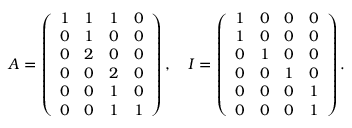
A = \left( \begin{array} { l l l l } { 1 } & { 1 } & { 1 } & { 0 } \\ { 0 } & { 1 } & { 0 } & { 0 } \\ { 0 } & { 2 } & { 0 } & { 0 } \\ { 0 } & { 0 } & { 2 } & { 0 } \\ { 0 } & { 0 } & { 1 } & { 0 } \\ { 0 } & { 0 } & { 1 } & { 1 } \end{array} \right) , \quad I = \left( \begin{array} { l l l l } { 1 } & { 0 } & { 0 } & { 0 } \\ { 1 } & { 0 } & { 0 } & { 0 } \\ { 0 } & { 1 } & { 0 } & { 0 } \\ { 0 } & { 0 } & { 1 } & { 0 } \\ { 0 } & { 0 } & { 0 } & { 1 } \\ { 0 } & { 0 } & { 0 } & { 1 } \end{array} \right) .